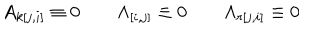
A _ { k [ j , i ] } \equiv 0 \qquad \Lambda _ { [ i , j ] } \equiv 0 \qquad \Lambda _ { r [ j , i ] } \equiv 0